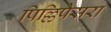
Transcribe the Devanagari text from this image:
पिल्लिपेसरा